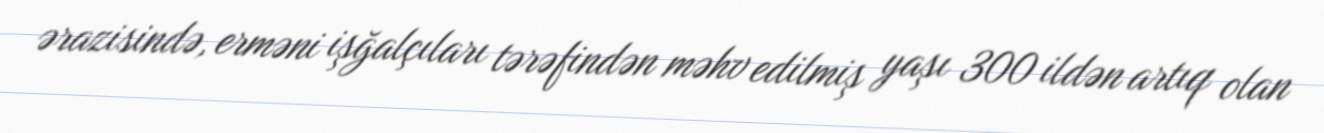
ərazisində, erməni işğalçıları tərəfindən məhv edilmiş yaşı 300 ildən artıq olan